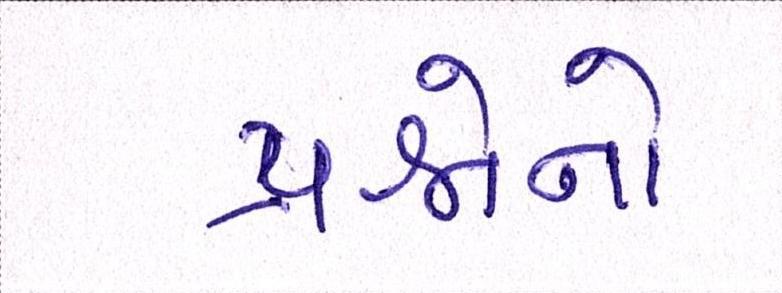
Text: પ્રશ્નોનો